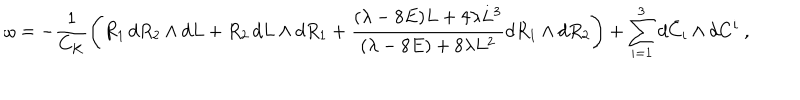
\omega = - \displaystyle \frac { 1 } { C _ { K } } \left( R _ { 1 } \, d R _ { 2 } \wedge d L + R _ { 2 } \, d L \wedge d R _ { 1 } + \displaystyle \frac { ( \lambda - 8 E ) L + 4 \lambda L ^ { 3 } } { ( \lambda - 8 E ) + 8 \lambda L ^ { 2 } } d R _ { 1 } \wedge d R _ { 2 } \right) + \sum _ { i = 1 } ^ { 3 } d \bar { C } _ { i } \wedge d C ^ { i } ~ ,